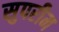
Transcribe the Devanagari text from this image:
सुपरीम